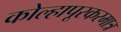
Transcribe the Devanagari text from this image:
कोल्हापूरकरमात्र